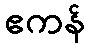
ဧကန်